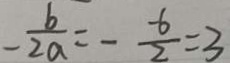
- \frac { b } { 2 a } = - \frac { - 6 } { 2 } = 3